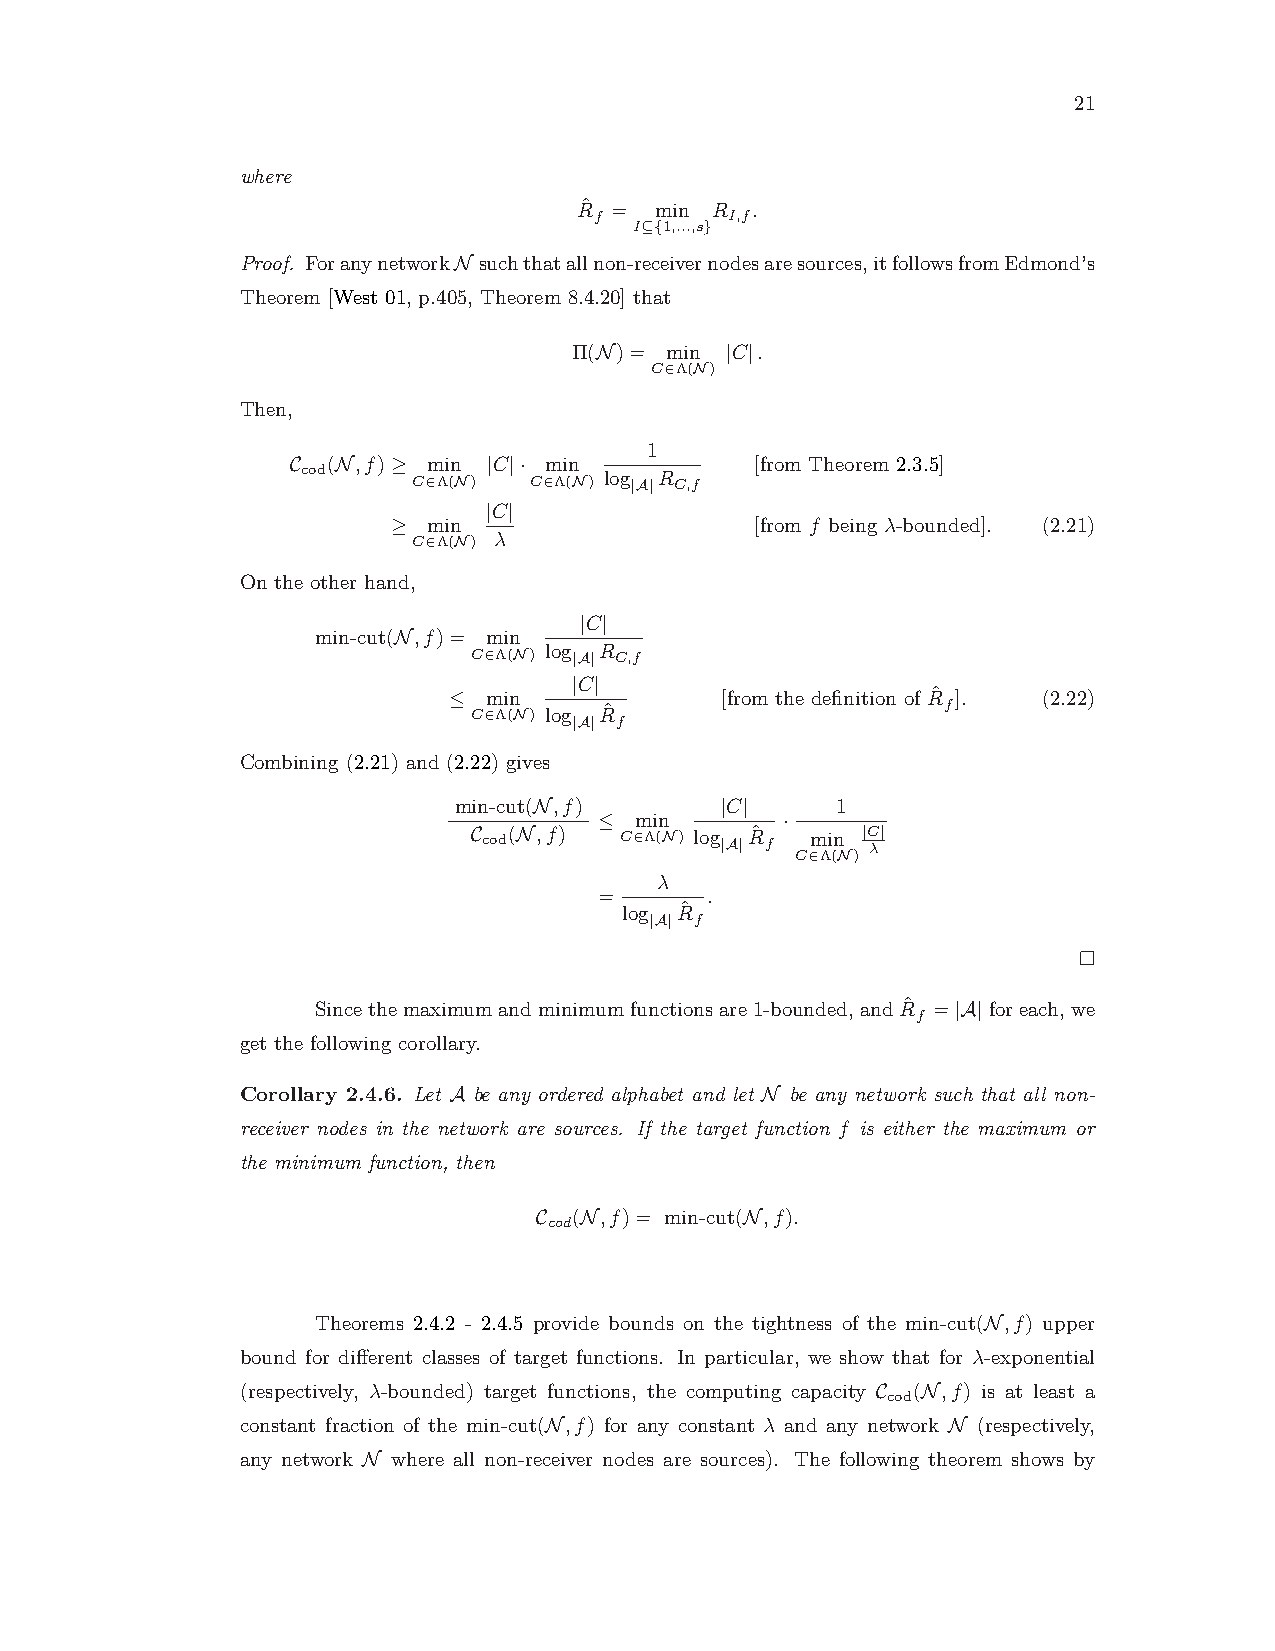
21
 where
 Rˆ = min R  .
 f        I,f
 I⊆{1,...,s}
 Proof. ForanynetworkN suchthatallnon-receivernodesaresources,itfollowsfromEdmond’s
 Theorem [West 01, p.405, Theorem 8.4.20] that
 Π(N)= min |C|.
 C∈Λ(N)
 Then,
 1
 C  (N,f)≥ min |C|· min         [from Theorem 2.3.5]
 cod
 C∈Λ(N)  C∈Λ(N) log |A|R C,f
 |C|
 ≥ min                   [from f being λ-bounded]. (2.21)
 C∈Λ(N) λ
 On the other hand,
 |C|
 min-cut(N,f)= min
 C∈Λ(N) log |A|R C,f
 |C|
 ≤ min             [from the definition of Rˆ ]. (2.22)
 C∈Λ(N) log Rˆ                   f
 |A| f
 Combining (2.21) and (2.22) gives
 min-cut(N,f)      |C|    1
 ≤ min       ·
 C cod(N,f) C∈Λ(N) log |A|Rˆ
 f
 min |C λ|
 C∈Λ(N)
 λ
 =      .
 log Rˆ
 |A| f
 Sincethemaximumandminimumfunctionsare1-bounded,andRˆ =|A|foreach,we
 f
 get the following corollary.
 Corollary 2.4.6. Let A be any ordered alphabet and let N be any network such that all non-
 receiver nodes in the network are sources. If the target function f is either the maximum or
 the minimum function, then
 C  (N,f)= min-cut(N,f).
 cod
 Theorems 2.4.2 - 2.4.5 provide bounds on the tightness of the min-cut(N,f) upper
 bound for different classes of target functions. In particular, we show that for λ-exponential
 (respectively, λ-bounded) target functions, the computing capacity C (N,f) is at least a
 cod
 constant fraction of the min-cut(N,f) for any constant λ and any network N (respectively,
 any network N where all non-receiver nodes are sources). The following theorem shows by